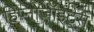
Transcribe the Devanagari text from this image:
हिप्नोज़ॉइट्स